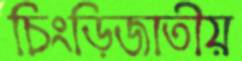
চিংড়িজাতীয়